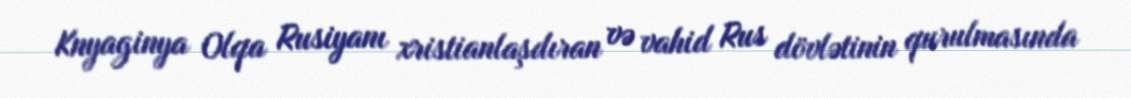
Knyaginya Olqa Rusiyanı xristianlaşdıran və vahid Rus dövlətinin qurulmasında